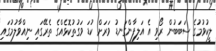
ލީކުވުމުގެ ސަބަބުން ރޯވި އެ އަލިފާންގަނޑު ވަރަށް ކުޑަ ވަގުތުކޮޅެއްގެ ތެރޭގައި ނިއްވާލުމުގައި